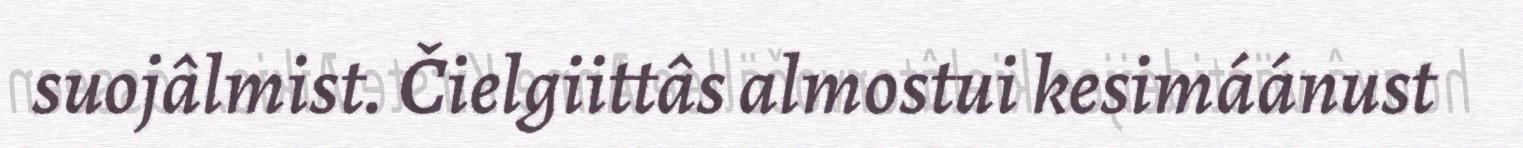
suojâlmist. Čielgiittâs almostui kesimáánust